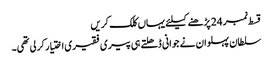
قسط نمبر 24 پڑھنے کیلئے یہاں کلک کریں
سلطان پہلوان نے جوانی ڈھلتے ہی پیری فقیری اختیار کر لی تھی۔